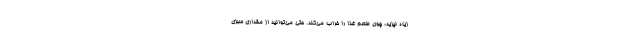
زیاد نپزید، چون طعم غذا را خراب می‌کند. حتی می‌توانید از مقداری سبزی